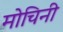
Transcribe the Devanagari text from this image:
मोचिनी